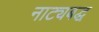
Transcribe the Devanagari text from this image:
नाट्यबद्ध